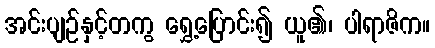
အင်းပျဉ်နှင့်တကွ ရွှေ့ပြောင်း၍ ယူ၏၊ ပါရာဇိက။